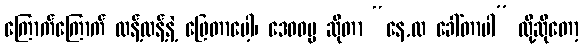
ကြောက်ကြောက် လန့်လန့်နဲ့ ဖြေတာပေါ့၊ ဒေဝဓမ္မ ဆိုတာ “နေ,လ ခေါ်တာပါ” လို့ဆိုတော့